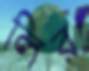
লির